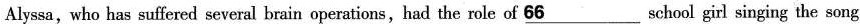
Alyssa,who has suffered several brain operations,had the role of \underline{66} school girl singing the song